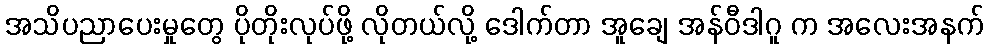
အသိပညာပေးမှုတွေ ပိုတိုးလုပ်ဖို့ လိုတယ်လို့ ဒေါက်တာ အူချေ အန်ဝီဒါဂူ က အလေးအနက်